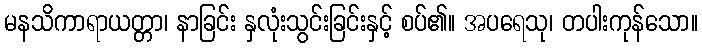
မနသိကာရာယတ္တာ၊ နာခြင်း နှလုံးသွင်းခြင်းနှင့် စပ်၏။ အပရေသု၊ တပါးကုန်သော။